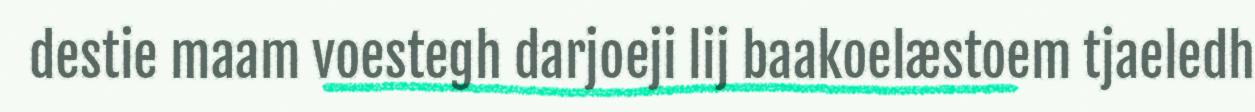
destie maam voestegh darjoeji lij baakoelæstoem tjaeledh